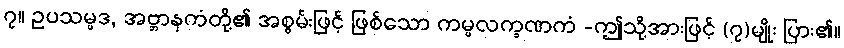
၇။ ဥပသမ္ပဒ, အဗ္ဘာနကံတို့၏ အစွမ်းဖြင့် ဖြစ်သော ကမ္မလက္ခဏကံ -ဤသို့အားဖြင့် (၇)မျိုး ပြား၏။